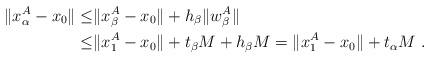
LaTeX: \begin{align*}\|x_\alpha^A - x_0\| \le& \|x_\beta^A - x_0\| +h_\beta \|w^A_\beta\| \\\leq & \|x_1^A - x_0\| +t_\beta M + h_\beta M = \|x_1^A - x_0\| +t_\alpha M \ .\end{align*}